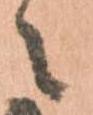
々